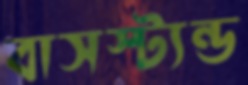
বাসস্ট্যন্ড